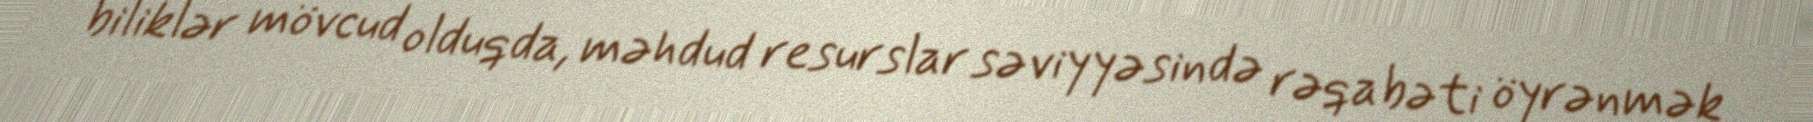
biliklər mövcud olduqda, məhdud resurslar səviyyəsində rəqabəti öyrənmək